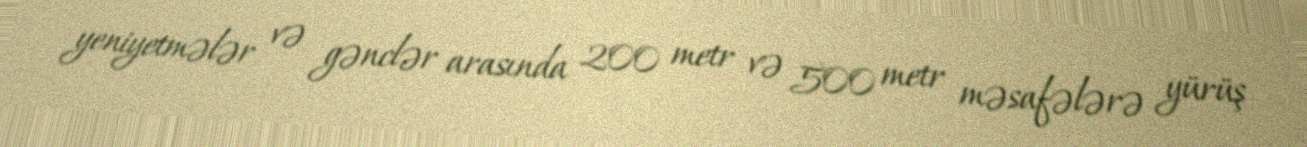
yeniyetmələr və gənclər arasında 200 metr və 500 metr məsafələrə yürüş